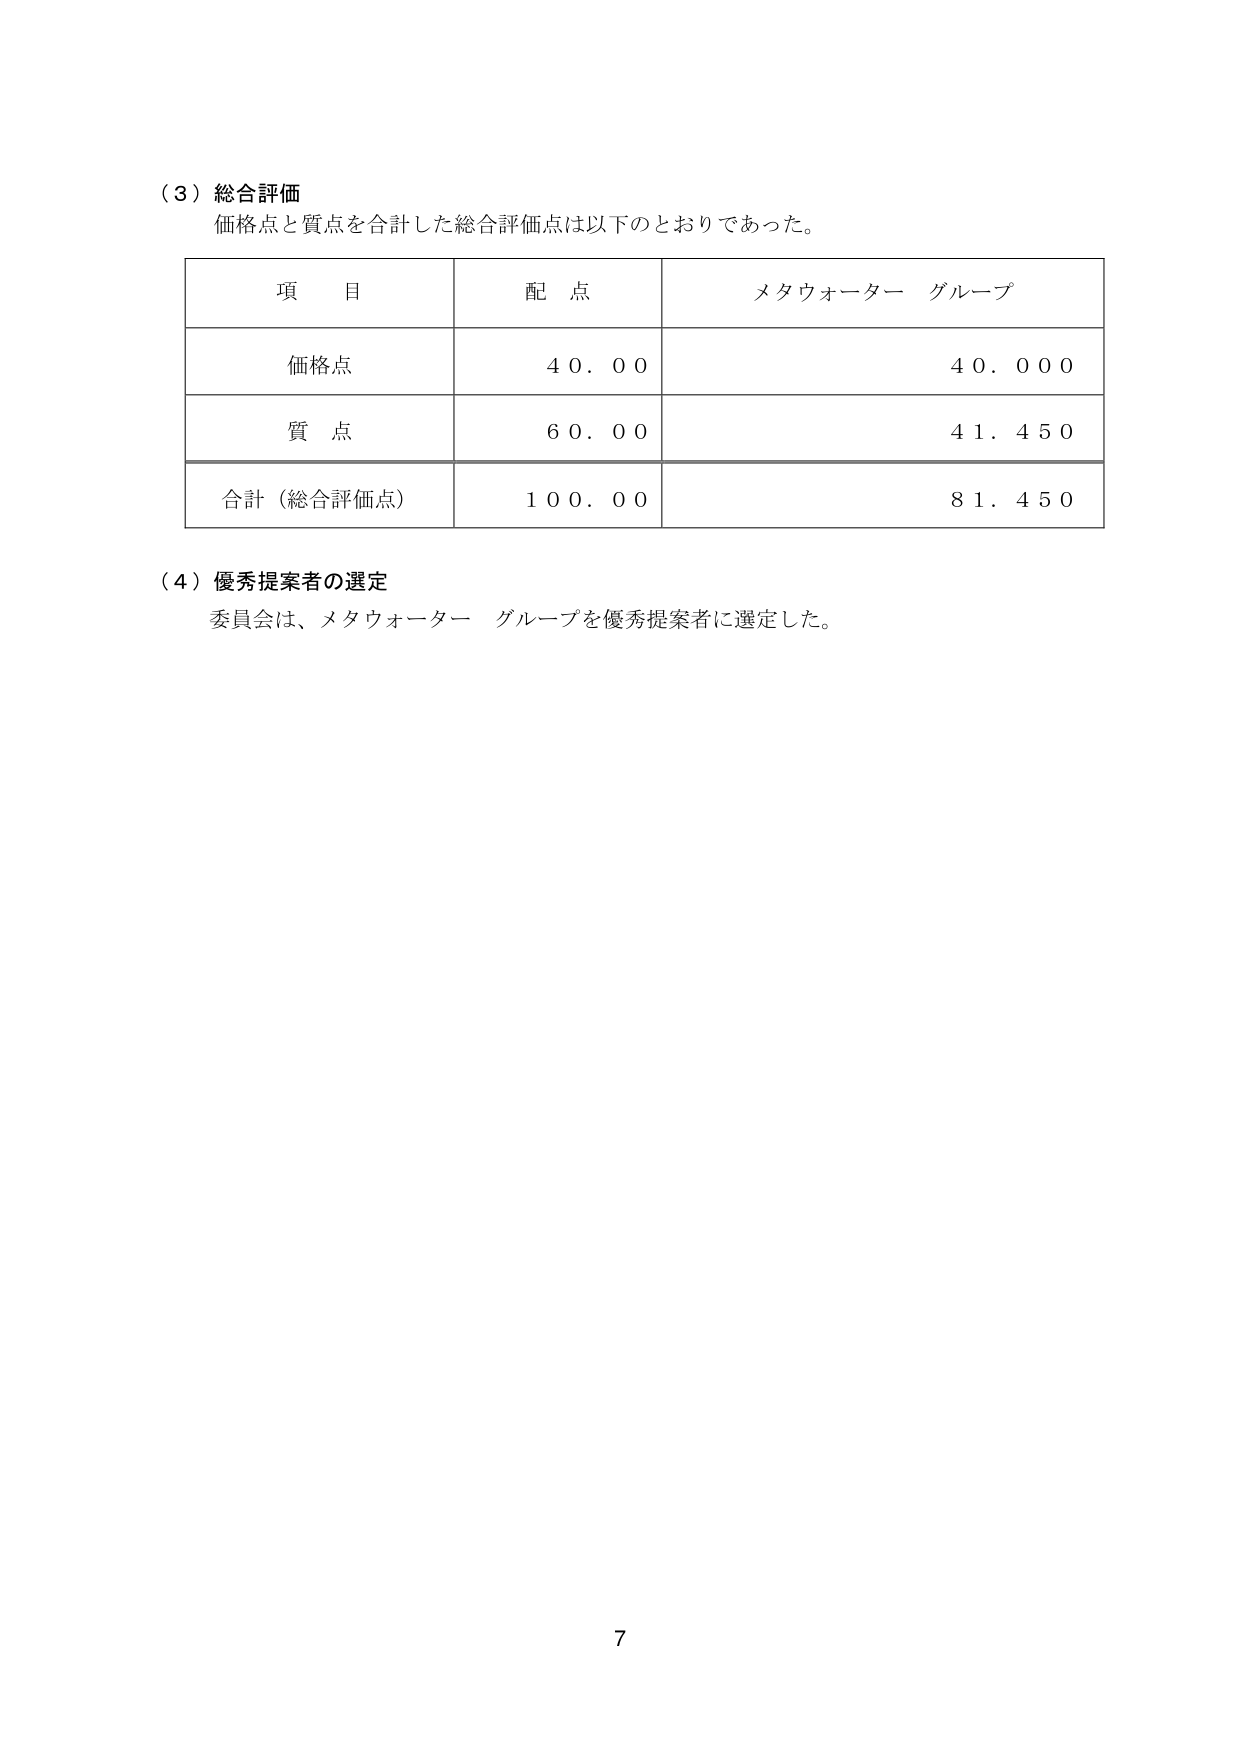
（３）総合評価
価格点と質点を合計した総合評価点は以下のとおりであった。

| 項目 | 配点 | メタウォーター グループ |
|------|------|--------------------------|
| 価格点 | 40.00 | 40.000 |
| 質点 | 60.00 | 41.450 |
| 合計（総合評価点） | 100.00 | 81.450 |

（４）優秀提案者の選定
委員会は、メタウォーター グループを優秀提案者に選定した。

7